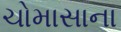
ચોમાસાના